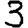
Digit: 3